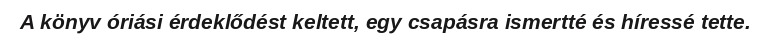
A könyv óriási érdeklődést keltett, egy csapásra ismertté és híressé tette.